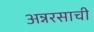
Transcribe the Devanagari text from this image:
अन्नरसाची